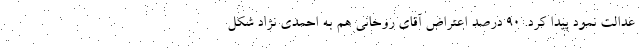
عدالت نمود پیدا کرد. ۹۰ درصد اعتراض آقای روحانی هم به احمدی نژاد شکل